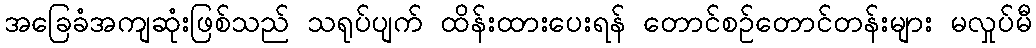
အခြေခံအကျဆုံးဖြစ်သည် သရုပ်ပျက် ထိန်းထားပေးရန် တောင်စဉ်တောင်တန်းများ မလှုပ်မီ